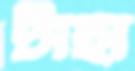
টাহা